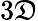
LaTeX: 3\mathfrak{D}